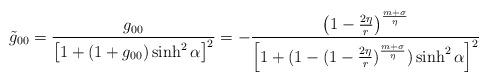
LaTeX: \begin{align*}\tilde g_{00} = \frac{g_{00}}{\left [ 1+ (1+g_{00})\sinh^{2} \alpha\right ] ^{2} } = -\frac{\left ( 1-\frac{2\eta}{r} \right )^{\frac{m+\sigma}{\eta}}}{\left [ 1+ (1- (1-\frac{2\eta}{r})^{\frac{m+\sigma}{\eta}})\sinh^{2} \alpha \right ] ^{2}}\end{align*}